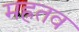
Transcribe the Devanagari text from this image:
मह्रतव